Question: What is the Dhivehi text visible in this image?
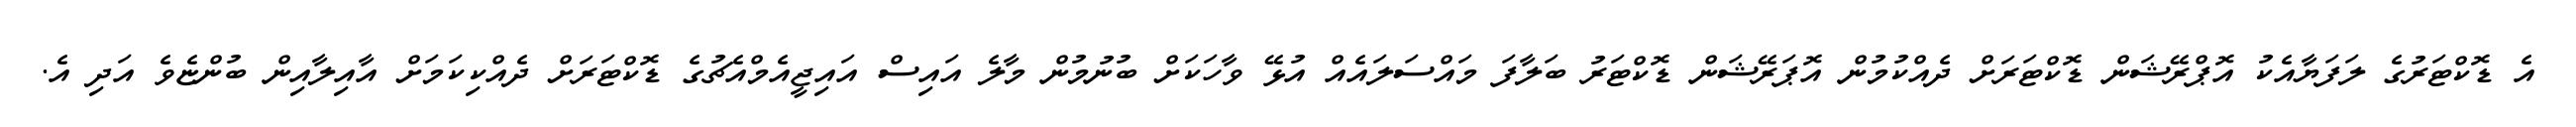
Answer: އެ ޑޮކްޓަރުގެ ލަފަޔާއެކު އޮޕްރޭޝަން ޑޮކްޓަރަށް ދެއްކުމުން އޮޕަރޭޝަން ޑޮކްޓަރު ބަލާފަ މައްސަލައެއް އުޅޭ ވާހަކަށް ބުނުމުން މާލެ އައިސް އައިޖީއެމްއެޗުގެ ޑޮކްޓަރަށް ދެއްކިކަމަށް އާއިލާއިން ބުންޏެވެ އަދި އެ.